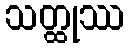
သတ္ထုဿ